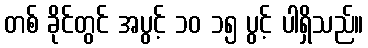
တစ် ခိုင်တွင် အပွင့် ၁၀ ၁၅ ပွင့် ပါရှိသည်။